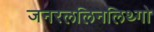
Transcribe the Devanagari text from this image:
जनरललिनलिथ्गो